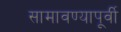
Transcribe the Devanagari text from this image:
सामावण्यापूर्वी